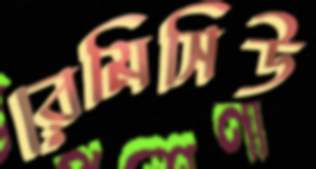
রেমিসিউ